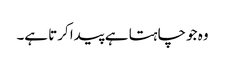
وہ جو چاہتا ہے پیدا کرتا ہے۔